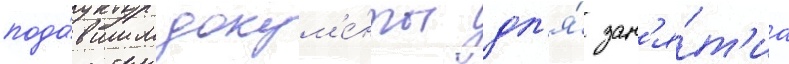
пода́вшим докум'е́нты дл'я́ зан'я́т'иа